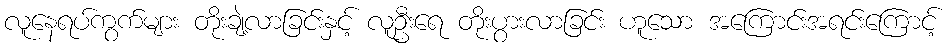
လူနေရပ်ကွက်များ တိုးချဲ့လာခြင်းနှင့် လူဦးရေ တိုးပွားလာခြင်း ဟူသော အကြောင်းအရင်းကြောင့်